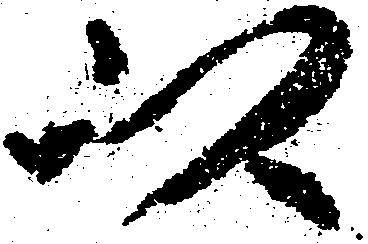
以